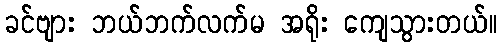
ခင်ဗျား ဘယ်ဘက်လက်မ အရိုး ကျေသွားတယ်။